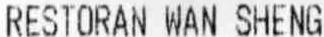
RESTORAN WAN SHENG